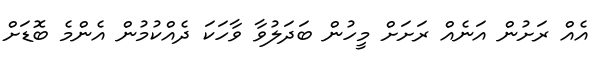
އެއް ރަށުން އަނެއް ރަށަށް މީހުން ބަދަލުވާ ވާހަކަ ދެއްކުމުން އެންމެ ބޮޑަށް